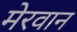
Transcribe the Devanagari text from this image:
मेरवान